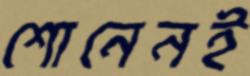
শোনেনই